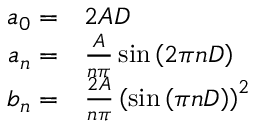
\begin{array} { r l } { a _ { 0 } = } & { { } 2 A D } \\ { a _ { n } = } & { { } { \frac { A } { n \pi } } \sin \left( 2 \pi n D \right) } \\ { b _ { n } = } & { { } { \frac { 2 A } { n \pi } } \left( \sin \left( \pi n D \right) \right) ^ { 2 } } \end{array}